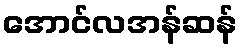
အောင်လအန်ဆန်